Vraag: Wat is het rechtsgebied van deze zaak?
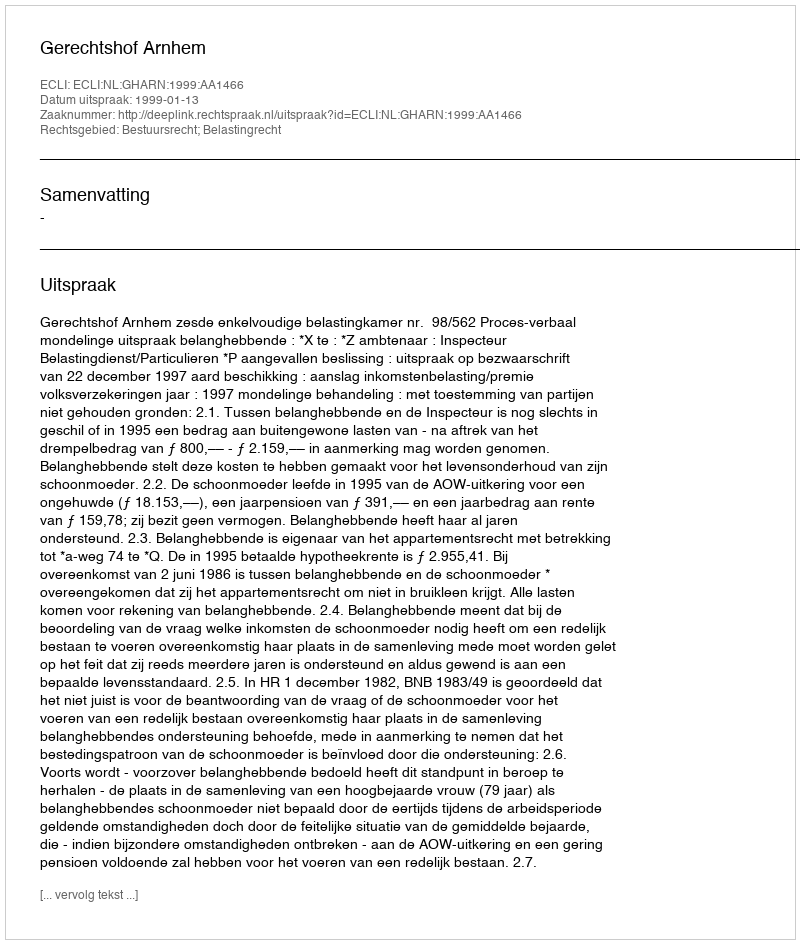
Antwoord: Bestuursrecht; Belastingrecht